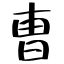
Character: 曺